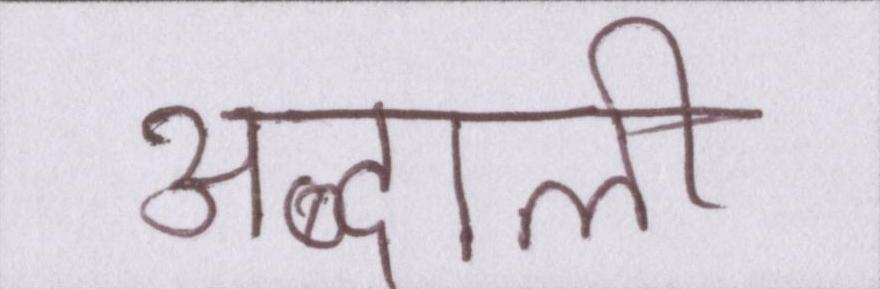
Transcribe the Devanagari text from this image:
अब्दाली